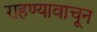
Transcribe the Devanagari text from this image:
राहण्यावाचून